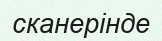
сканерінде